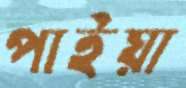
পাইয়া